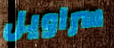
سراويل